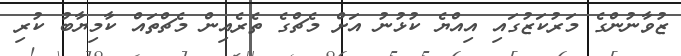
ޒުވާނުންގެ މަރުކަޒުގައި އިއްޔެ ކުޅުނު އަށް މެޗްގެ ތެރެއިން މެޗްތައް ކާމިޔާބު ކުރި